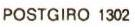
POSTGIRO 1302